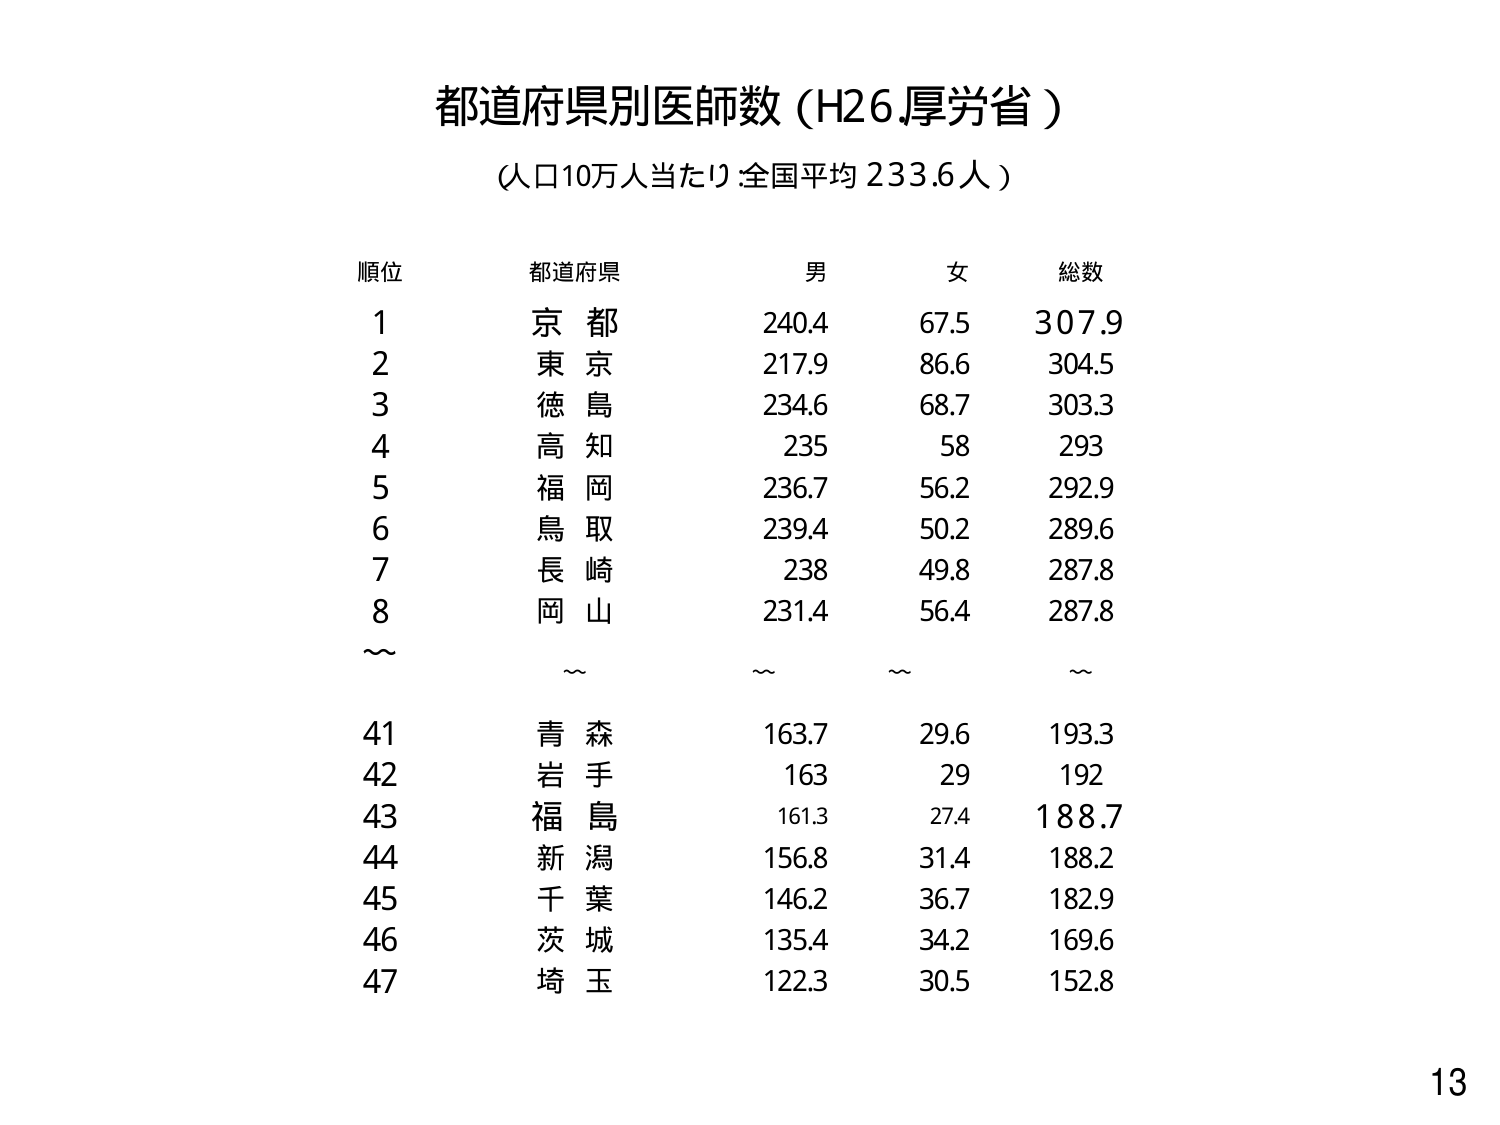
都道府県別医師数（H26.厚労省）
（人口10万人当たり：全国平均 233.6人）

順位　都道府県　　男　　女　　総数
1　　京都　　　240.4　67.5　307.9
2　　東京　　　217.9　86.6　304.5
3　　徳島　　　234.6　68.7　303.3
4　　高知　　　235　　58　　293
5　　福岡　　　236.7　56.2　292.9
6　　鳥取　　　239.4　50.2　289.6
7　　長崎　　　238　　49.8　287.8
8　　岡山　　　231.4　56.4　287.8
～　　～　　　～　　～　　～
41　　青森　　　163.7　29.6　193.3
42　　岩手　　　163　　29　　192
43　　福島　　　161.3　27.4　188.7
44　　新潟　　　156.8　31.4　188.2
45　　千葉　　　146.2　36.7　182.9
46　　茨城　　　135.4　34.2　169.6
47　　埼玉　　　122.3　30.5　152.8

13